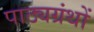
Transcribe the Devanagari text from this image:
पाठ्यग्रंथों